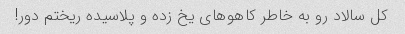
کل سالاد رو به خاطر کاهو‌های یخ زده و پلاسیده ریختم دور!